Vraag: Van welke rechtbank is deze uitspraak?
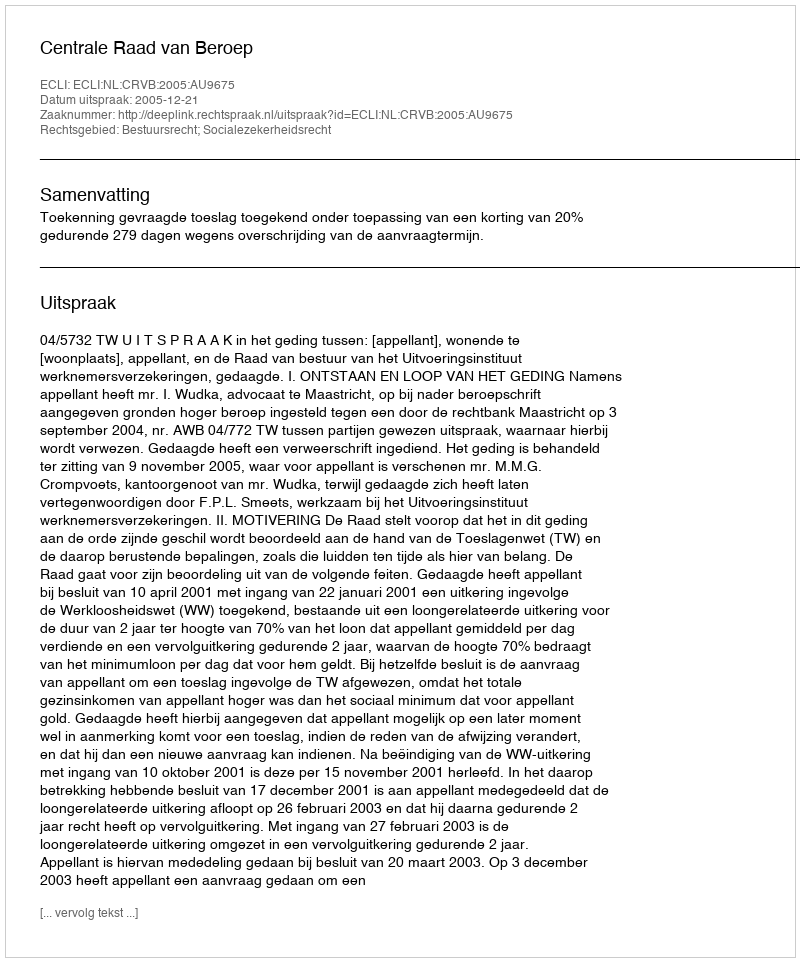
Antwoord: Centrale Raad van Beroep